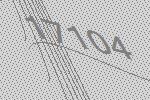
17104